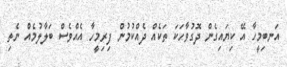
އަނބިމީހާ އޭ ކިޔައިގެން ދޮގުވާހަކަ ތަކެއް ދެއްކުމުން ފިރިމީހާ އެއްވެސް ބަލާލުމެއް ނެތި